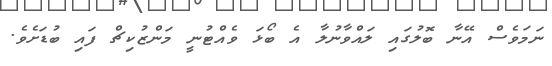
ނަމަވެސް އޭނާ ބޮލުގައި ލައްވާނުލާ އެ ބޯޅަ ވެއްޓުނީ މަންޒުކިޗް ފައި ބުޑަށެވެ.